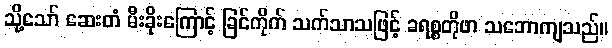
သို့သော် ဆေးတံ မီးခိုးကြောင့် ခြင်ကိုက် သက်သာသဖြင့် ခရစ္စတိုဖာ သဘောကျသည်။